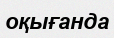
оқығанда